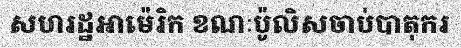
សហរដ្ឋអាម៉េរិក ខណៈប៉ូលិសចាប់បាតុករ